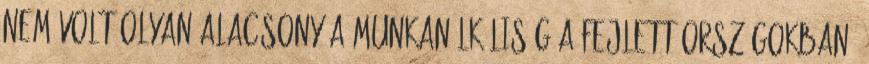
nem volt olyan alacsony a munkanélküliség a fejlett országokban,